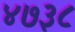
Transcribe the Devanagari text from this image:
४७३८